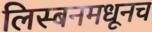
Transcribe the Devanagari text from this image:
लिस्बनमधूनच